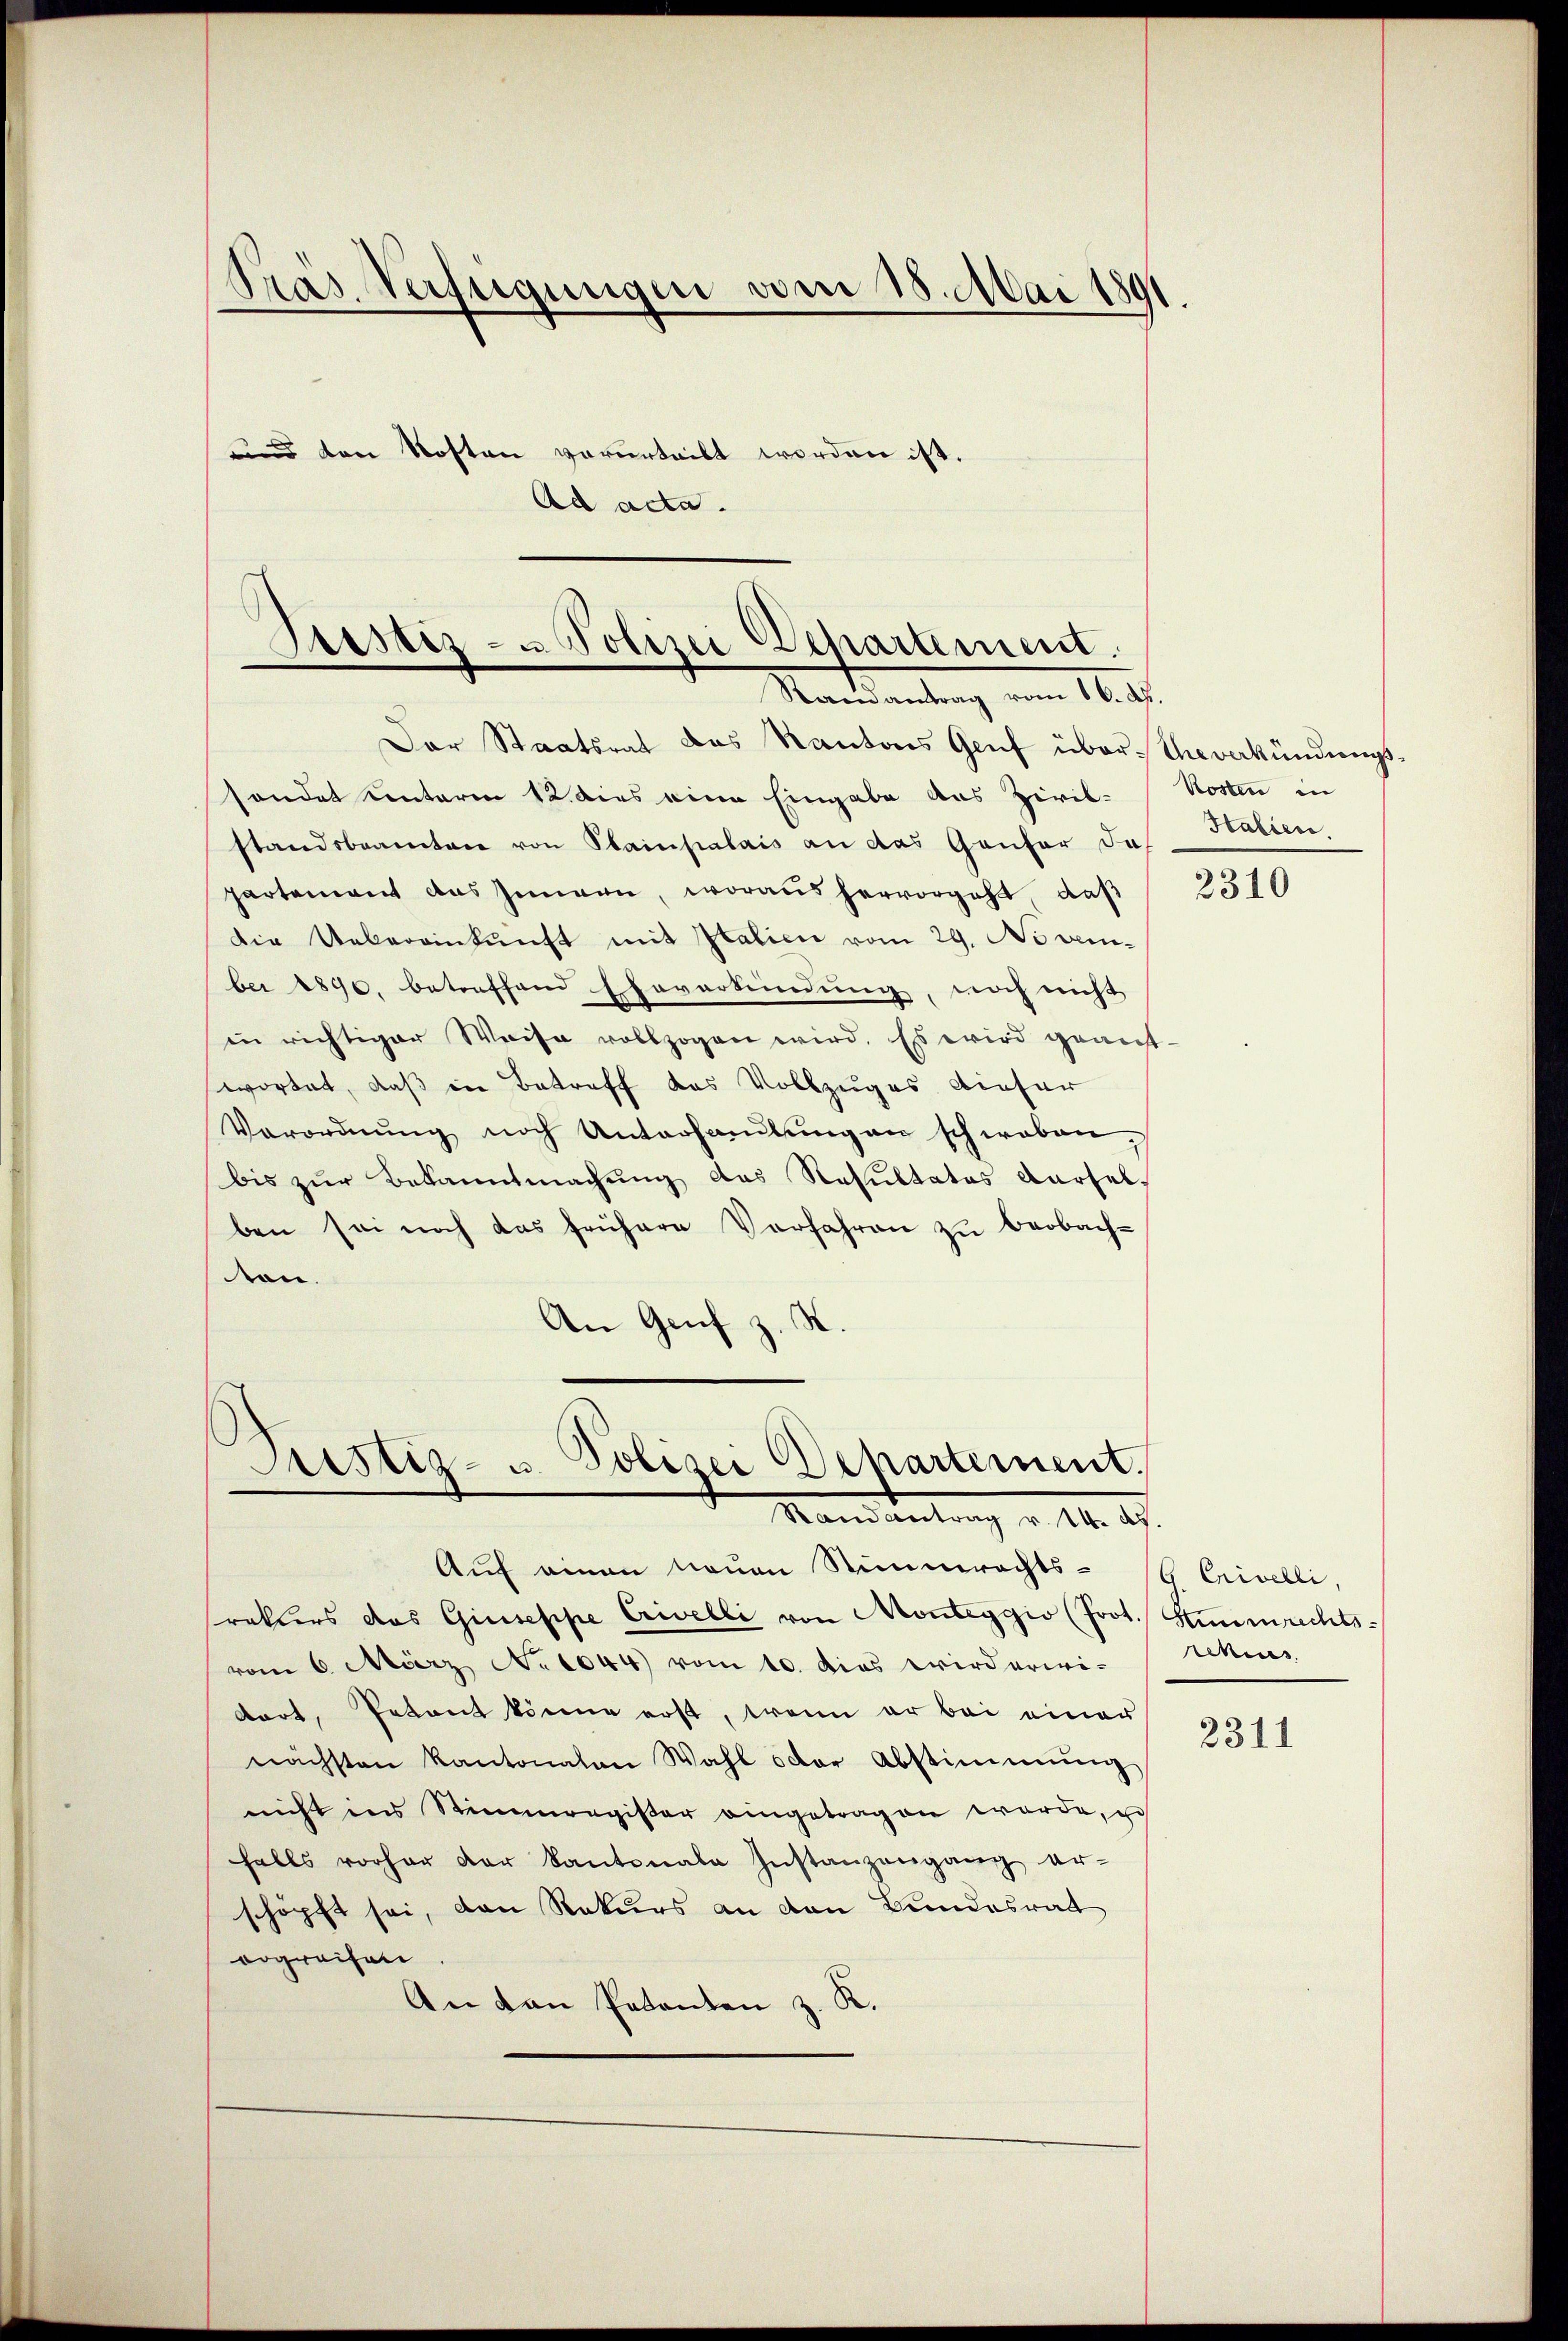
Präs. Verfügungen vom 18. Mai 1891.
und den Kosten verurteilt worden ist.
Ad acta.

Bestiz- u Polizei Departement.
Mandantung vom 16. d.

Der Staatsrat des Kantons Genf über Verkündungssondet unterm 12. dies eine Eingabe aus Zivil-
standsbeamten von Stainpalais an das Gäufer das Halien
partement das Innern, woraus hervorgeht, daß
Die Uebereinkunft mit Italien vom 29. November 1896. betreffend Ehevertendung, noch nicht
in richtiger Weise vollzogen wird. Es wird geant-
wortet, daß in Betreff das Vollzuges dieser
Verordnung noch Untersamlung an schweben
bis zur Bekanntmachung des Resultatos derselben sei noch das frühere Verfahren zŭ beobach-
ton.
An Genf z. S.

Justiz- u. Polizei Departement.
Mandantung v. 14. d.

Kosten in

Auf einen neuen Stimmrechts- (G. Erivelli
rakters das Giuseppe Crivelli von Monteggio (Joot. Stimmrechts-
vom 6. März No 1044) vom 10. dies wird erwidort, Petent könne erst, wenn er bei einer
nächsten Kantonalen Wahl oder Abstimmung
nicht ins Stimmregister eingetragen werde, u
falls vorher der Kantonale Instanzengang er-
schöpft sei, den Rekurs an den Bundesrat
ergreifen
An den Petenten z. K.

2310

rekurs

2311